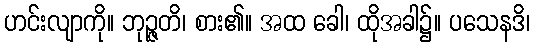
ဟင်းလျာကို။ ဘုဉ္ဇတိ၊ စား၏။ အထ ခေါ၊ ထိုအခါ၌။ ပသေနဒိ၊